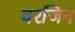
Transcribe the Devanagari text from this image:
वरजिन